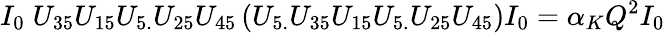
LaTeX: I_{0}\; U_{35}U_{15}U_{5.}U_{25}U_{45}\left(U_{5.}U_{35}U_{15}U_{5.}U_{25}U_{45}\right)I_{0}=\alpha_{K}Q^{2}I_{0}